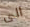
الى